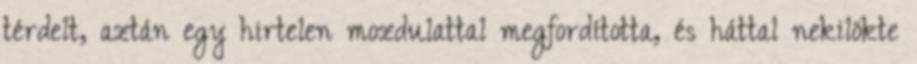
térdelt, aztán egy hirtelen mozdulattal megfordította, és háttal nekilökte